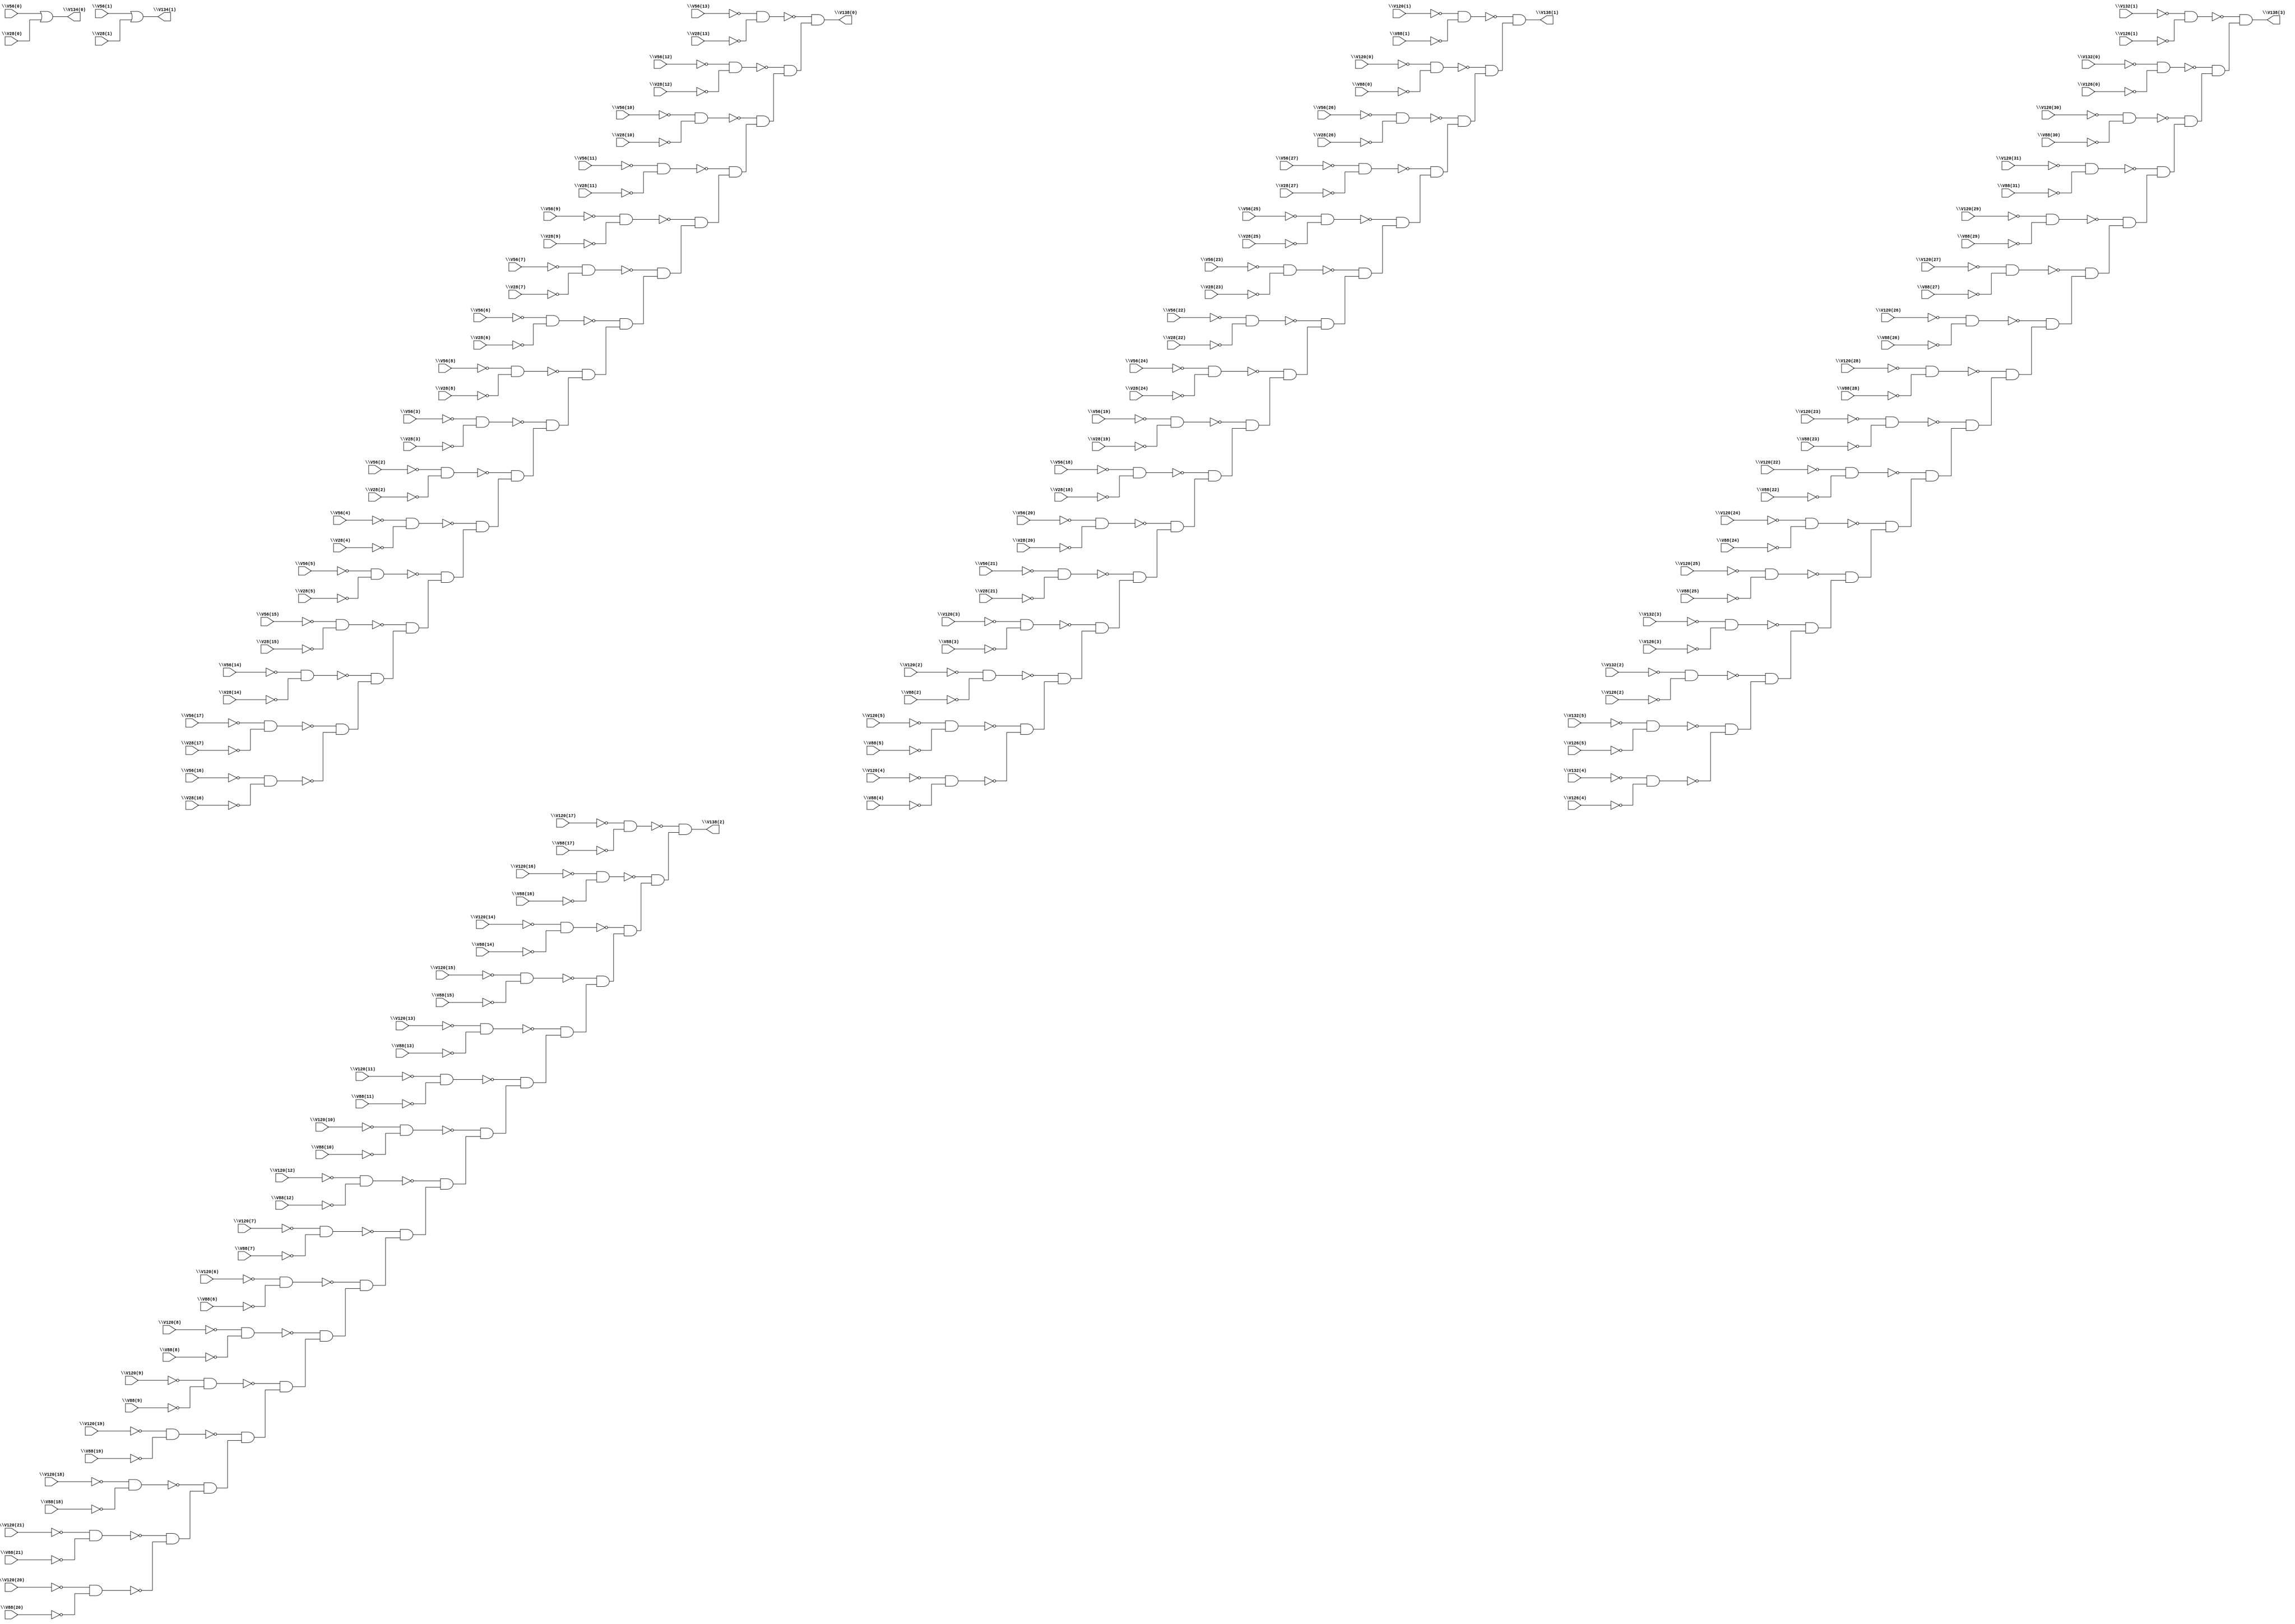
module i3 ( 
    \V56(0) , \V28(0) , \V56(1) , \V28(1) , \V56(2) , \V28(2) , \V56(3) ,
    \V28(3) , \V56(4) , \V28(4) , \V56(5) , \V28(5) , \V56(6) , \V28(6) ,
    \V56(7) , \V28(7) , \V56(8) , \V28(8) , \V56(9) , \V28(9) , \V56(10) ,
    \V28(10) , \V56(11) , \V28(11) , \V56(12) , \V28(12) , \V56(13) ,
    \V28(13) , \V56(14) , \V28(14) , \V56(15) , \V28(15) , \V56(16) ,
    \V28(16) , \V56(17) , \V28(17) , \V56(18) , \V28(18) , \V56(19) ,
    \V28(19) , \V56(20) , \V28(20) , \V56(21) , \V28(21) , \V56(22) ,
    \V28(22) , \V56(23) , \V28(23) , \V56(24) , \V28(24) , \V56(25) ,
    \V28(25) , \V56(26) , \V28(26) , \V56(27) , \V28(27) , \V120(0) ,
    \V88(0) , \V120(1) , \V88(1) , \V120(2) , \V88(2) , \V120(3) ,
    \V88(3) , \V120(4) , \V88(4) , \V120(5) , \V88(5) , \V120(6) ,
    \V88(6) , \V120(7) , \V88(7) , \V120(8) , \V88(8) , \V120(9) ,
    \V88(9) , \V120(10) , \V88(10) , \V120(11) , \V88(11) , \V120(12) ,
    \V88(12) , \V120(13) , \V88(13) , \V120(14) , \V88(14) , \V120(15) ,
    \V88(15) , \V120(16) , \V88(16) , \V120(17) , \V88(17) , \V120(18) ,
    \V88(18) , \V120(19) , \V88(19) , \V120(20) , \V88(20) , \V120(21) ,
    \V88(21) , \V120(22) , \V88(22) , \V120(23) , \V88(23) , \V120(24) ,
    \V88(24) , \V120(25) , \V88(25) , \V120(26) , \V88(26) , \V120(27) ,
    \V88(27) , \V120(28) , \V88(28) , \V120(29) , \V88(29) , \V120(30) ,
    \V88(30) , \V120(31) , \V88(31) , \V132(0) , \V126(0) , \V132(1) ,
    \V126(1) , \V132(2) , \V126(2) , \V132(3) , \V126(3) , \V132(4) ,
    \V126(4) , \V132(5) , \V126(5) ,
    \V134(0) , \V134(1) , \V138(0) , \V138(1) , \V138(2) , \V138(3)   );
  input  \V56(0) , \V28(0) , \V56(1) , \V28(1) , \V56(2) , \V28(2) ,
    \V56(3) , \V28(3) , \V56(4) , \V28(4) , \V56(5) , \V28(5) , \V56(6) ,
    \V28(6) , \V56(7) , \V28(7) , \V56(8) , \V28(8) , \V56(9) , \V28(9) ,
    \V56(10) , \V28(10) , \V56(11) , \V28(11) , \V56(12) , \V28(12) ,
    \V56(13) , \V28(13) , \V56(14) , \V28(14) , \V56(15) , \V28(15) ,
    \V56(16) , \V28(16) , \V56(17) , \V28(17) , \V56(18) , \V28(18) ,
    \V56(19) , \V28(19) , \V56(20) , \V28(20) , \V56(21) , \V28(21) ,
    \V56(22) , \V28(22) , \V56(23) , \V28(23) , \V56(24) , \V28(24) ,
    \V56(25) , \V28(25) , \V56(26) , \V28(26) , \V56(27) , \V28(27) ,
    \V120(0) , \V88(0) , \V120(1) , \V88(1) , \V120(2) , \V88(2) ,
    \V120(3) , \V88(3) , \V120(4) , \V88(4) , \V120(5) , \V88(5) ,
    \V120(6) , \V88(6) , \V120(7) , \V88(7) , \V120(8) , \V88(8) ,
    \V120(9) , \V88(9) , \V120(10) , \V88(10) , \V120(11) , \V88(11) ,
    \V120(12) , \V88(12) , \V120(13) , \V88(13) , \V120(14) , \V88(14) ,
    \V120(15) , \V88(15) , \V120(16) , \V88(16) , \V120(17) , \V88(17) ,
    \V120(18) , \V88(18) , \V120(19) , \V88(19) , \V120(20) , \V88(20) ,
    \V120(21) , \V88(21) , \V120(22) , \V88(22) , \V120(23) , \V88(23) ,
    \V120(24) , \V88(24) , \V120(25) , \V88(25) , \V120(26) , \V88(26) ,
    \V120(27) , \V88(27) , \V120(28) , \V88(28) , \V120(29) , \V88(29) ,
    \V120(30) , \V88(30) , \V120(31) , \V88(31) , \V132(0) , \V126(0) ,
    \V132(1) , \V126(1) , \V132(2) , \V126(2) , \V132(3) , \V126(3) ,
    \V132(4) , \V126(4) , \V132(5) , \V126(5) ;
  output \V134(0) , \V134(1) , \V138(0) , \V138(1) , \V138(2) , \V138(3) ;
  wire new_n141_, new_n142_, new_n143_, new_n144_, new_n145_, new_n146_,
    new_n147_, new_n148_, new_n149_, new_n150_, new_n151_, new_n152_,
    new_n153_, new_n154_, new_n155_, new_n156_, new_n157_, new_n158_,
    new_n159_, new_n160_, new_n161_, new_n162_, new_n163_, new_n164_,
    new_n165_, new_n166_, new_n167_, new_n168_, new_n169_, new_n170_,
    new_n172_, new_n173_, new_n174_, new_n175_, new_n176_, new_n177_,
    new_n178_, new_n179_, new_n180_, new_n181_, new_n182_, new_n183_,
    new_n184_, new_n185_, new_n186_, new_n187_, new_n188_, new_n189_,
    new_n190_, new_n191_, new_n192_, new_n193_, new_n194_, new_n195_,
    new_n196_, new_n197_, new_n198_, new_n199_, new_n200_, new_n201_,
    new_n203_, new_n204_, new_n205_, new_n206_, new_n207_, new_n208_,
    new_n209_, new_n210_, new_n211_, new_n212_, new_n213_, new_n214_,
    new_n215_, new_n216_, new_n217_, new_n218_, new_n219_, new_n220_,
    new_n221_, new_n222_, new_n223_, new_n224_, new_n225_, new_n226_,
    new_n227_, new_n228_, new_n229_, new_n230_, new_n231_, new_n232_,
    new_n234_, new_n235_, new_n236_, new_n237_, new_n238_, new_n239_,
    new_n240_, new_n241_, new_n242_, new_n243_, new_n244_, new_n245_,
    new_n246_, new_n247_, new_n248_, new_n249_, new_n250_, new_n251_,
    new_n252_, new_n253_, new_n254_, new_n255_, new_n256_, new_n257_,
    new_n258_, new_n259_, new_n260_, new_n261_, new_n262_, new_n263_;
  assign \V134(0)  = \V56(0)  | \V28(0) ;
  assign \V134(1)  = \V56(1)  | \V28(1) ;
  assign new_n141_ = ~\V56(17)  & ~\V28(17) ;
  assign new_n142_ = ~\V56(16)  & ~\V28(16) ;
  assign new_n143_ = ~\V56(14)  & ~\V28(14) ;
  assign new_n144_ = ~\V56(15)  & ~\V28(15) ;
  assign new_n145_ = ~\V56(5)  & ~\V28(5) ;
  assign new_n146_ = ~\V56(4)  & ~\V28(4) ;
  assign new_n147_ = ~\V56(2)  & ~\V28(2) ;
  assign new_n148_ = ~\V56(3)  & ~\V28(3) ;
  assign new_n149_ = ~\V56(8)  & ~\V28(8) ;
  assign new_n150_ = ~\V56(6)  & ~\V28(6) ;
  assign new_n151_ = ~\V56(7)  & ~\V28(7) ;
  assign new_n152_ = ~\V56(9)  & ~\V28(9) ;
  assign new_n153_ = ~\V56(11)  & ~\V28(11) ;
  assign new_n154_ = ~\V56(10)  & ~\V28(10) ;
  assign new_n155_ = ~\V56(12)  & ~\V28(12) ;
  assign new_n156_ = ~\V56(13)  & ~\V28(13) ;
  assign new_n157_ = ~new_n141_ & ~new_n142_;
  assign new_n158_ = ~new_n143_ & new_n157_;
  assign new_n159_ = ~new_n144_ & new_n158_;
  assign new_n160_ = ~new_n145_ & new_n159_;
  assign new_n161_ = ~new_n146_ & new_n160_;
  assign new_n162_ = ~new_n147_ & new_n161_;
  assign new_n163_ = ~new_n148_ & new_n162_;
  assign new_n164_ = ~new_n149_ & new_n163_;
  assign new_n165_ = ~new_n150_ & new_n164_;
  assign new_n166_ = ~new_n151_ & new_n165_;
  assign new_n167_ = ~new_n152_ & new_n166_;
  assign new_n168_ = ~new_n153_ & new_n167_;
  assign new_n169_ = ~new_n154_ & new_n168_;
  assign new_n170_ = ~new_n155_ & new_n169_;
  assign \V138(0)  = ~new_n156_ & new_n170_;
  assign new_n172_ = ~\V120(5)  & ~\V88(5) ;
  assign new_n173_ = ~\V120(4)  & ~\V88(4) ;
  assign new_n174_ = ~\V120(2)  & ~\V88(2) ;
  assign new_n175_ = ~\V120(3)  & ~\V88(3) ;
  assign new_n176_ = ~\V56(21)  & ~\V28(21) ;
  assign new_n177_ = ~\V56(20)  & ~\V28(20) ;
  assign new_n178_ = ~\V56(18)  & ~\V28(18) ;
  assign new_n179_ = ~\V56(19)  & ~\V28(19) ;
  assign new_n180_ = ~\V56(24)  & ~\V28(24) ;
  assign new_n181_ = ~\V56(22)  & ~\V28(22) ;
  assign new_n182_ = ~\V56(23)  & ~\V28(23) ;
  assign new_n183_ = ~\V56(25)  & ~\V28(25) ;
  assign new_n184_ = ~\V56(27)  & ~\V28(27) ;
  assign new_n185_ = ~\V56(26)  & ~\V28(26) ;
  assign new_n186_ = ~\V120(0)  & ~\V88(0) ;
  assign new_n187_ = ~\V120(1)  & ~\V88(1) ;
  assign new_n188_ = ~new_n172_ & ~new_n173_;
  assign new_n189_ = ~new_n174_ & new_n188_;
  assign new_n190_ = ~new_n175_ & new_n189_;
  assign new_n191_ = ~new_n176_ & new_n190_;
  assign new_n192_ = ~new_n177_ & new_n191_;
  assign new_n193_ = ~new_n178_ & new_n192_;
  assign new_n194_ = ~new_n179_ & new_n193_;
  assign new_n195_ = ~new_n180_ & new_n194_;
  assign new_n196_ = ~new_n181_ & new_n195_;
  assign new_n197_ = ~new_n182_ & new_n196_;
  assign new_n198_ = ~new_n183_ & new_n197_;
  assign new_n199_ = ~new_n184_ & new_n198_;
  assign new_n200_ = ~new_n185_ & new_n199_;
  assign new_n201_ = ~new_n186_ & new_n200_;
  assign \V138(1)  = ~new_n187_ & new_n201_;
  assign new_n203_ = ~\V120(21)  & ~\V88(21) ;
  assign new_n204_ = ~\V120(20)  & ~\V88(20) ;
  assign new_n205_ = ~\V120(18)  & ~\V88(18) ;
  assign new_n206_ = ~\V120(19)  & ~\V88(19) ;
  assign new_n207_ = ~\V120(9)  & ~\V88(9) ;
  assign new_n208_ = ~\V120(8)  & ~\V88(8) ;
  assign new_n209_ = ~\V120(6)  & ~\V88(6) ;
  assign new_n210_ = ~\V120(7)  & ~\V88(7) ;
  assign new_n211_ = ~\V120(12)  & ~\V88(12) ;
  assign new_n212_ = ~\V120(10)  & ~\V88(10) ;
  assign new_n213_ = ~\V120(11)  & ~\V88(11) ;
  assign new_n214_ = ~\V120(13)  & ~\V88(13) ;
  assign new_n215_ = ~\V120(15)  & ~\V88(15) ;
  assign new_n216_ = ~\V120(14)  & ~\V88(14) ;
  assign new_n217_ = ~\V120(16)  & ~\V88(16) ;
  assign new_n218_ = ~\V120(17)  & ~\V88(17) ;
  assign new_n219_ = ~new_n203_ & ~new_n204_;
  assign new_n220_ = ~new_n205_ & new_n219_;
  assign new_n221_ = ~new_n206_ & new_n220_;
  assign new_n222_ = ~new_n207_ & new_n221_;
  assign new_n223_ = ~new_n208_ & new_n222_;
  assign new_n224_ = ~new_n209_ & new_n223_;
  assign new_n225_ = ~new_n210_ & new_n224_;
  assign new_n226_ = ~new_n211_ & new_n225_;
  assign new_n227_ = ~new_n212_ & new_n226_;
  assign new_n228_ = ~new_n213_ & new_n227_;
  assign new_n229_ = ~new_n214_ & new_n228_;
  assign new_n230_ = ~new_n215_ & new_n229_;
  assign new_n231_ = ~new_n216_ & new_n230_;
  assign new_n232_ = ~new_n217_ & new_n231_;
  assign \V138(2)  = ~new_n218_ & new_n232_;
  assign new_n234_ = ~\V132(5)  & ~\V126(5) ;
  assign new_n235_ = ~\V132(4)  & ~\V126(4) ;
  assign new_n236_ = ~\V132(2)  & ~\V126(2) ;
  assign new_n237_ = ~\V132(3)  & ~\V126(3) ;
  assign new_n238_ = ~\V120(25)  & ~\V88(25) ;
  assign new_n239_ = ~\V120(24)  & ~\V88(24) ;
  assign new_n240_ = ~\V120(22)  & ~\V88(22) ;
  assign new_n241_ = ~\V120(23)  & ~\V88(23) ;
  assign new_n242_ = ~\V120(28)  & ~\V88(28) ;
  assign new_n243_ = ~\V120(26)  & ~\V88(26) ;
  assign new_n244_ = ~\V120(27)  & ~\V88(27) ;
  assign new_n245_ = ~\V120(29)  & ~\V88(29) ;
  assign new_n246_ = ~\V120(31)  & ~\V88(31) ;
  assign new_n247_ = ~\V120(30)  & ~\V88(30) ;
  assign new_n248_ = ~\V132(0)  & ~\V126(0) ;
  assign new_n249_ = ~\V132(1)  & ~\V126(1) ;
  assign new_n250_ = ~new_n234_ & ~new_n235_;
  assign new_n251_ = ~new_n236_ & new_n250_;
  assign new_n252_ = ~new_n237_ & new_n251_;
  assign new_n253_ = ~new_n238_ & new_n252_;
  assign new_n254_ = ~new_n239_ & new_n253_;
  assign new_n255_ = ~new_n240_ & new_n254_;
  assign new_n256_ = ~new_n241_ & new_n255_;
  assign new_n257_ = ~new_n242_ & new_n256_;
  assign new_n258_ = ~new_n243_ & new_n257_;
  assign new_n259_ = ~new_n244_ & new_n258_;
  assign new_n260_ = ~new_n245_ & new_n259_;
  assign new_n261_ = ~new_n246_ & new_n260_;
  assign new_n262_ = ~new_n247_ & new_n261_;
  assign new_n263_ = ~new_n248_ & new_n262_;
  assign \V138(3)  = ~new_n249_ & new_n263_;
endmodule